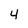
Character: 4